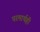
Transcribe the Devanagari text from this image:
परमार्थही